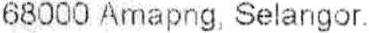
68000 AMAPNG, SELANGOR.